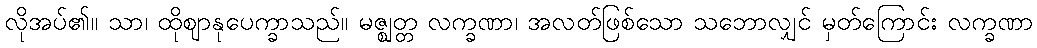
လိုအပ်၏။ သာ၊ ထိုဈာနုပေက္ခာသည်။ မဇ္ဈတ္တ လက္ခဏာ၊ အလတ်ဖြစ်သော သဘောလျှင် မှတ်ကြောင်း လက္ခဏာ